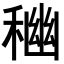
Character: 𥠃